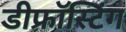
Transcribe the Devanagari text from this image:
डीफ्रॉस्टिंग